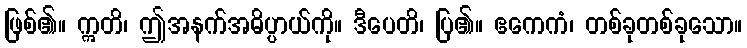
ဖြစ်၏။ ဣတိ၊ ဤအနက်အဓိပ္ပာယ်ကို။ ဒီပေတိ၊ ပြ၏။ ဧကေကံ၊ တစ်ခုတစ်ခုသော။